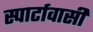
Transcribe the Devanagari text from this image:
स्पार्टावासी